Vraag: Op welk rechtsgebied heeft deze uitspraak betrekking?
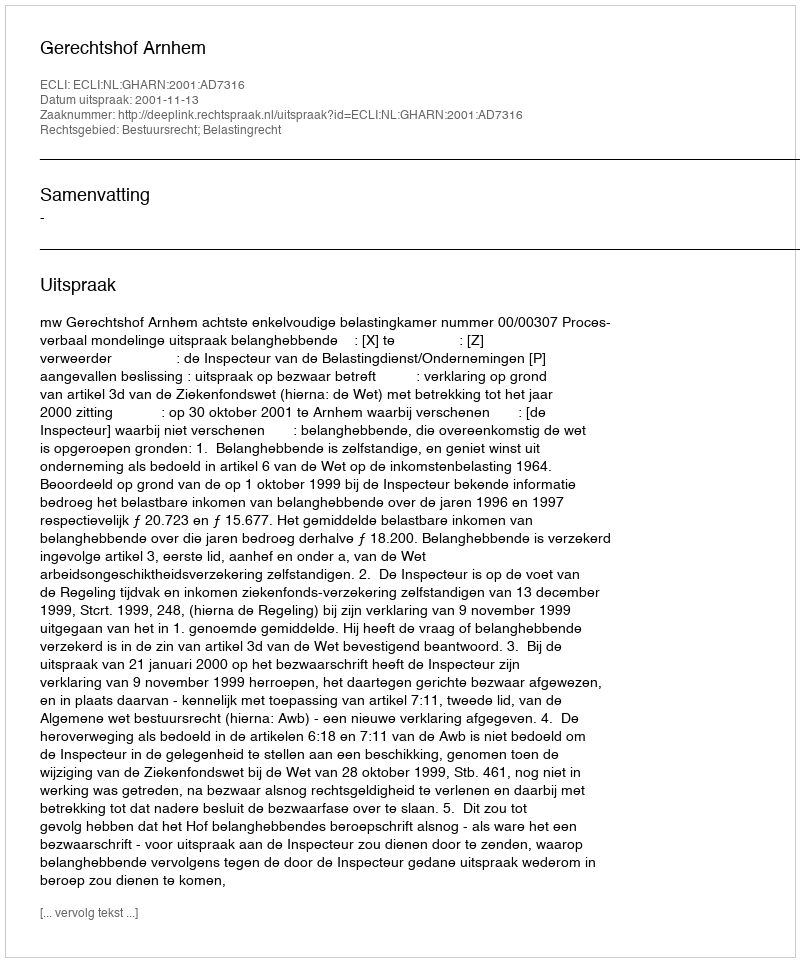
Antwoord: Bestuursrecht; Belastingrecht